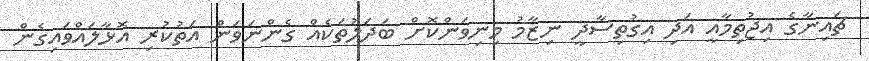
ޗައިނާގެ އިޖުތިމާއީ އަދި އިގުތިސާދީ ނިޒާމު މިނިވަންކޮށް ބަދަލުތަކެއް ގެންނަވަން އަތުކުރި އޮޅާލައްވައިގެން